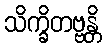
သိက္ခိတဗ္ဗန္တိ